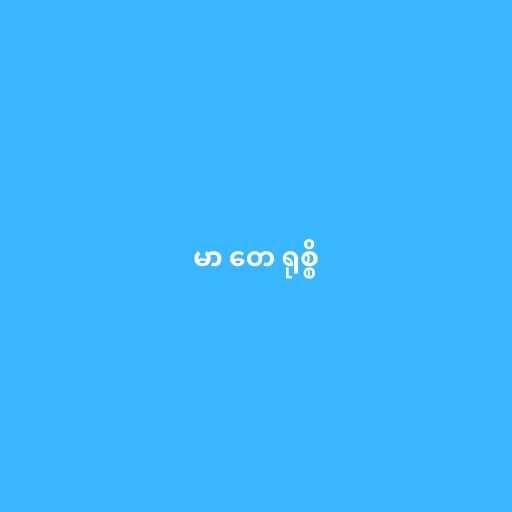
မာ တေ ရုစ္စိ